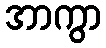
အာကွာ